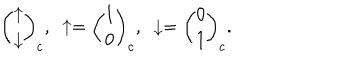
LaTeX: { \binom { \uparrow } { \downarrow } } _ { c } , \ \uparrow = { \binom { 1 } { 0 } } _ { c } , \ \downarrow = { \binom { 0 } { 1 } } _ { c } .